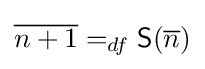
{\overline {n+1}}=_{df}{\mathsf {S}}({\overline {n}})